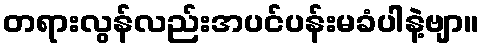
တရားလွန်လည်းအပင်ပန်းမခံပါနဲ့ဗျာ။